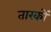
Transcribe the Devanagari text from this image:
तारकों